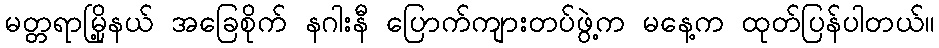
မတ္တရာမြို့နယ် အခြေစိုက် နဂါးနီ ပြောက်ကျားတပ်ဖွဲ့က မနေ့က ထုတ်ပြန်ပါတယ်။